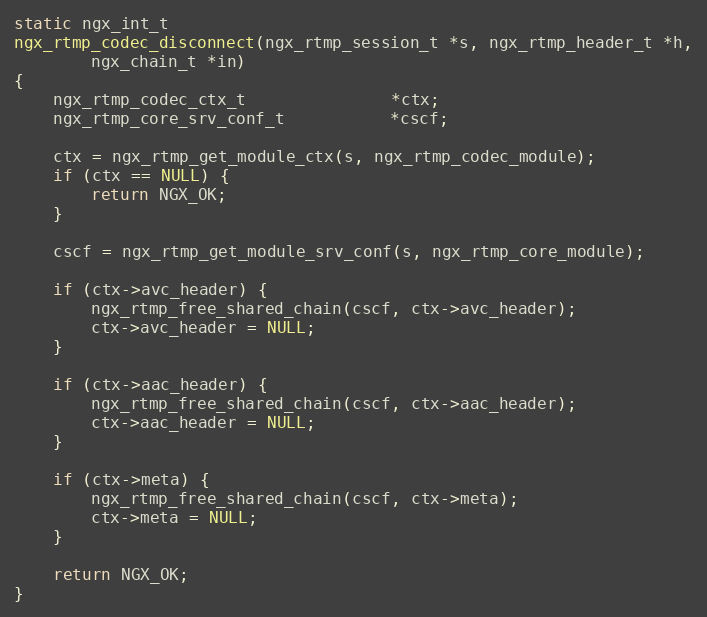
Language: C
static ngx_int_t
ngx_rtmp_codec_disconnect(ngx_rtmp_session_t *s, ngx_rtmp_header_t *h,
        ngx_chain_t *in)
{
    ngx_rtmp_codec_ctx_t               *ctx;
    ngx_rtmp_core_srv_conf_t           *cscf;

    ctx = ngx_rtmp_get_module_ctx(s, ngx_rtmp_codec_module);
    if (ctx == NULL) {
        return NGX_OK;
    }

    cscf = ngx_rtmp_get_module_srv_conf(s, ngx_rtmp_core_module);

    if (ctx->avc_header) {
        ngx_rtmp_free_shared_chain(cscf, ctx->avc_header);
        ctx->avc_header = NULL;
    }

    if (ctx->aac_header) {
        ngx_rtmp_free_shared_chain(cscf, ctx->aac_header);
        ctx->aac_header = NULL;
    }

    if (ctx->meta) {
        ngx_rtmp_free_shared_chain(cscf, ctx->meta);
        ctx->meta = NULL;
    }

    return NGX_OK;
}